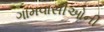
ગામવાસીઓની